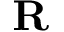
{ \bf R }